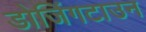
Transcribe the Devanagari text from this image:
डोजिंगटाउन